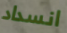
انسداد